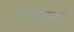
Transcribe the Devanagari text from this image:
माचरहाट